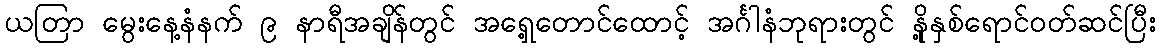
ယတြာ မွေးနေ့နံနက် ၉ နာရီအချိန်တွင် အရှေ့တောင်ထောင့် အင်္ဂါနံဘုရားတွင် နို့နှစ်ရောင်ဝတ်ဆင်ပြီး